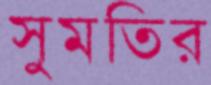
সুমতির